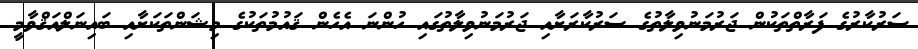
ސަރުކާރުގެ ފަރާތްތަކުން ޖަރުމަނުވިލާތުގެ ސަރުކާރަށާއި ޖަރުމަނުވިލާތުގައި ހުންނަ އެހެން ޤައުމުތަކުގެ މިޝަންތަކަށާއި ބައިނަލްއަޤްވާމީ